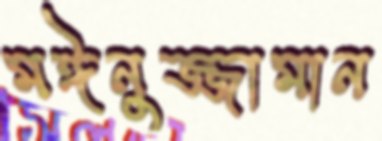
মঈনুজ্জামান